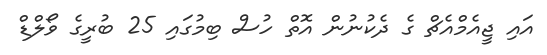
އައި ޖީއެމްއެޗް ގެ ދެކުނުން އޮތް ހުސް ބިމުގައި 25 ބުރީގެ ވޯލްޑް